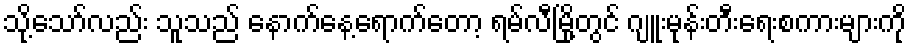
သို့သော်လည်း သူသည် နောက်နေ့ရောက်တော့ ရမ်လီမြို့တွင် ဂျူးမုန်းတီးရေးစကားများကို